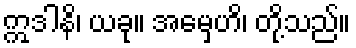
ဣဒါနိ၊ ယခု။ အမှေဟိ၊ တို့သည်။